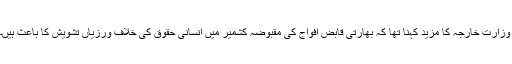
وزارت خارجہ کا مزید کہنا تھا کہ بھارتی قابض افواج کی مقبوضہ کشمیر میں انسانی حقوق کی خلاف ورزیاں تشویش کا باعث ہیں۔